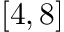
[ 4 , 8 ]